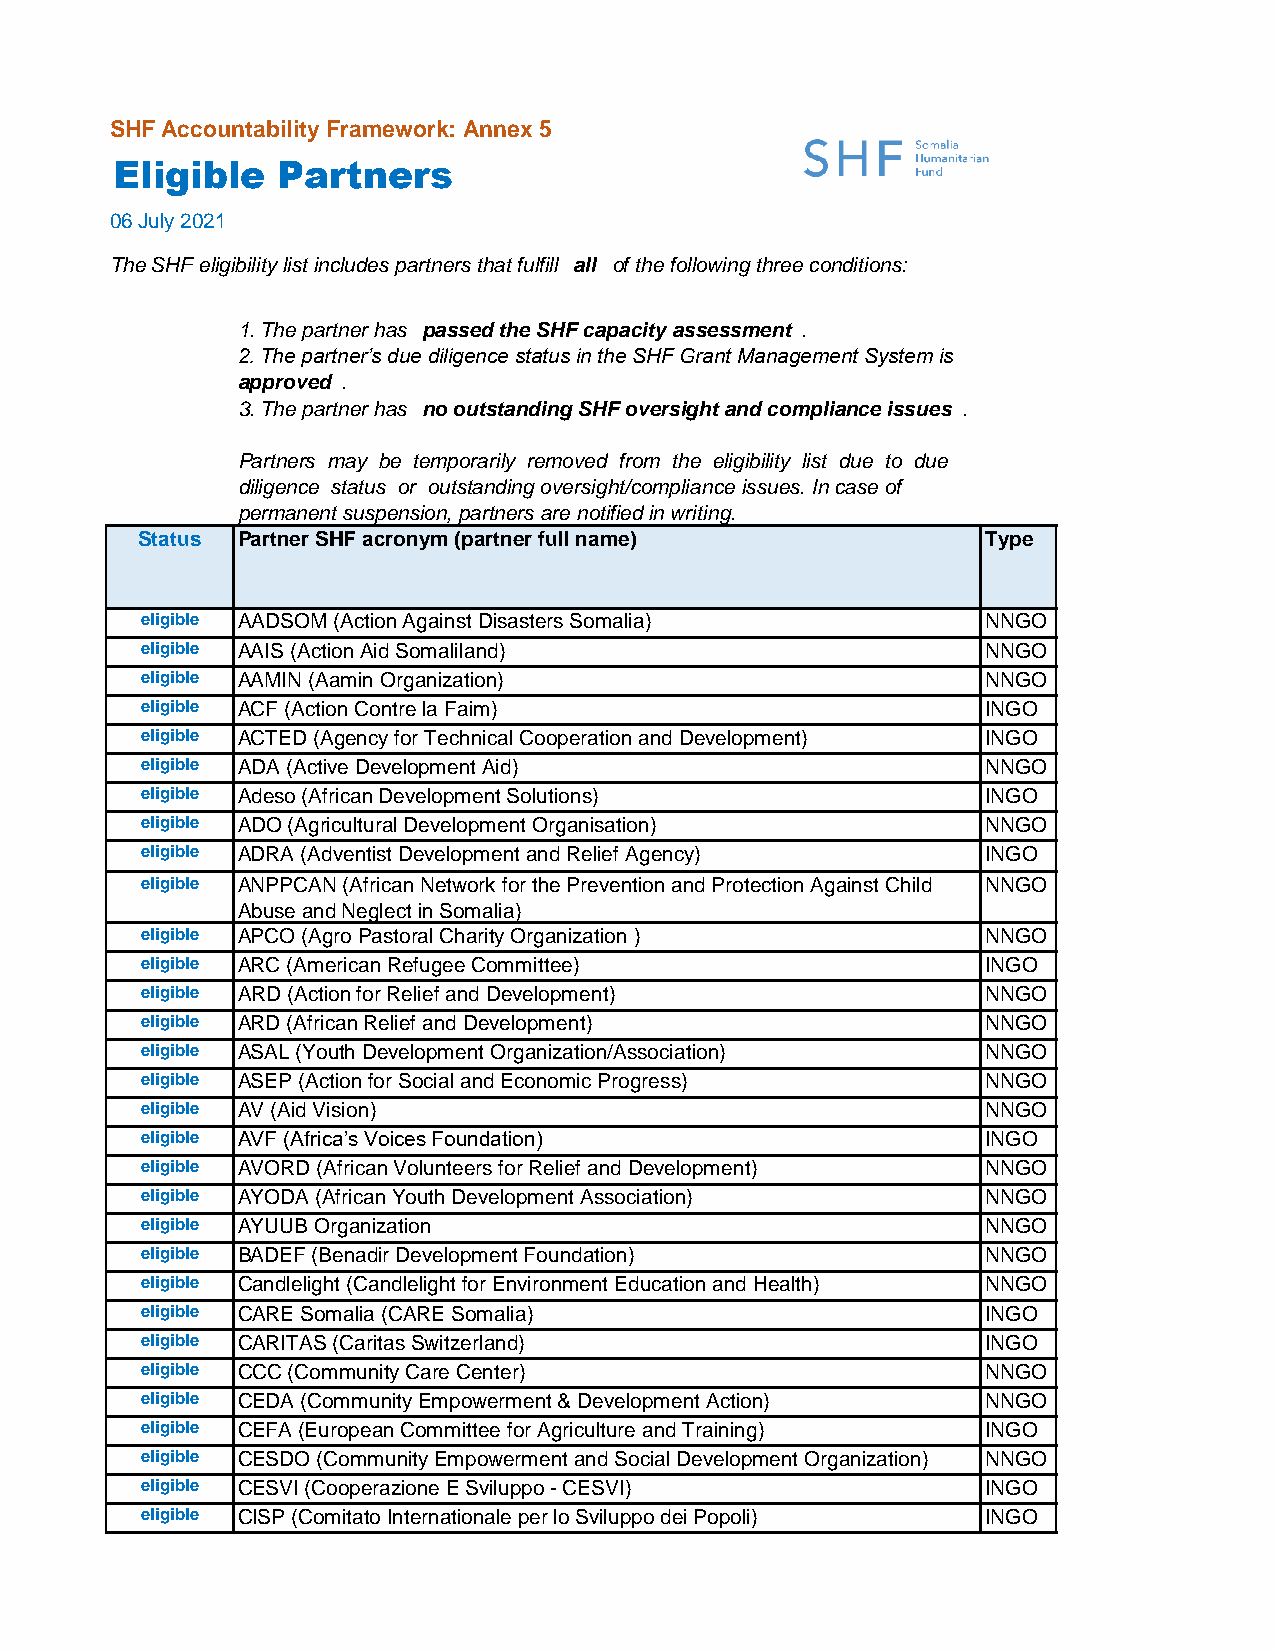
SHF Accountability Framework: Annex 5
 Eligible   Partners
 06 July 2021
 The SHF eligibility list includes partners that fulfill all of the following three conditions:
 1.The partner has passed the SHF capacity assessment .
 2.The partner’s due diligence status in the SHF Grant Management System is
 approved .
 3.The partner has no outstanding SHF oversight and compliance issues .
 Partners may be temporarily removed from the eligibility list due to due
 diligence status or outstanding oversight/compliance issues. In case of
 permanent suspension, partners are notified in writing.
 Status Partner SHF acronym (partner full name)          Type
 eligible AADSOM (Action Against Disasters Somalia)      NNGO
 eligible AAIS (Action Aid Somaliland)                   NNGO
 eligible AAMIN (Aamin Organization)                     NNGO
 eligible ACF (Action Contre la Faim)                    INGO
 eligible ACTED (Agency for Technical Cooperation and Development) INGO
 eligible ADA (Active Development Aid)                   NNGO
 eligible Adeso (African Development Solutions)          INGO
 eligible ADO (Agricultural Development Organisation)    NNGO
 eligible ADRA (Adventist Development and Relief Agency) INGO
 eligible ANPPCAN (African Network for the Prevention and Protection Against Child NNGO
 Abuse and Neglect in Somalia)
 eligible APCO (Agro Pastoral Charity Organization )     NNGO
 eligible ARC (American Refugee Committee)               INGO
 eligible ARD (Action for Relief and Development)        NNGO
 eligible ARD (African Relief and Development)           NNGO
 eligible ASAL (Youth Development Organization/Association) NNGO
 eligible ASEP (Action for Social and Economic Progress) NNGO
 eligible AV (Aid Vision)                                NNGO
 eligible AVF (Africa’s Voices Foundation)               INGO
 eligible AVORD (African Volunteers for Relief and Development) NNGO
 eligible AYODA (African Youth Development Association)  NNGO
 eligible AYUUB Organization                             NNGO
 eligible BADEF (Benadir Development Foundation)         NNGO
 eligible Candlelight (Candlelight for Environment Education and Health) NNGO
 eligible CARE Somalia (CARE Somalia)                    INGO
 eligible CARITAS (Caritas Switzerland)                  INGO
 eligible CCC (Community Care Center)                    NNGO
 eligible CEDA (Community Empowerment & Development Action) NNGO
 eligible CEFA (European Committee for Agriculture and Training) INGO
 eligible CESDO (Community Empowerment and Social Development Organization) NNGO
 eligible CESVI (Cooperazione E Sviluppo - CESVI)        INGO
 eligible CISP (Comitato Internationale per lo Sviluppo dei Popoli) INGO